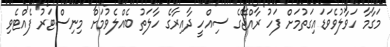
މަގާމާ ހަވާލުވެވަޑައިގަތުމަށް ފަހު ރާއްޖޭގެ ސިއްހީ ދާއިރާގެ ހާލަތު ބެއްލެވުމަށް މިނިސްޓަރު ފެއްޓެވި